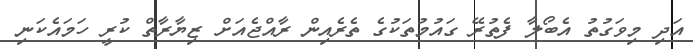
އަދި މިވަަގުތު އެބޯލާ ފެތުރޭ ގައުމުތަކުގެ ތެރެއިން ރާއްޖެއަށް ޒިޔާރާތް ކުރީ ހަމައެކަނި